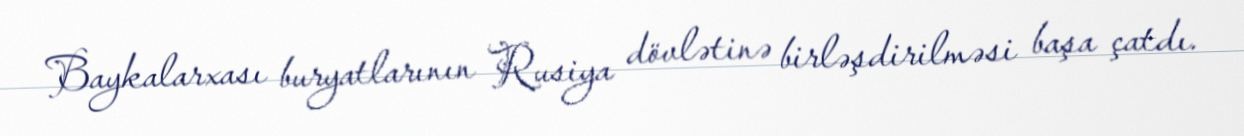
Baykalarxası buryatlarının Rusiya dövlətinə birləşdirilməsi başa çatdı.